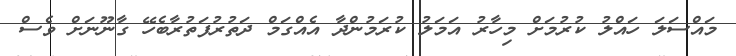
މައްސަލަ ހައްލު ކުރުމަށް މިހާރު އަމަލު ކުރަމުންދާ އެއްގަމް ދަތުރުފަތުރާބެހޭ ގާނޫނަށް ވެސް